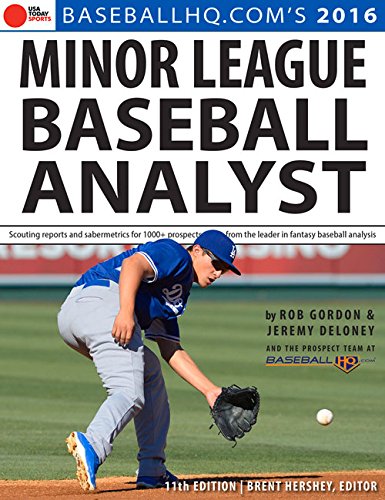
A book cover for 2016 Minor League Baseball Analyst; Rob Gordon; Reference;